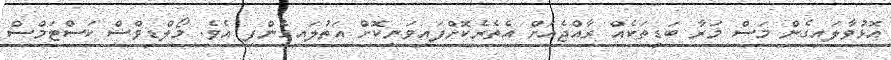
އޮޅުވާލައިގެން މަސް މަރާ ބަޑިތަކެއް ރާއްޖެއަށް އެތެރެކޮށްފައިވަނިކޮށް އަތުލައިގެންފި އެވެ. މޯލްޑިވްސް ކަސްޓަމްސް